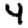
Digit: 4